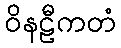
ဝိနဠီကတံ